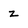
Character: z